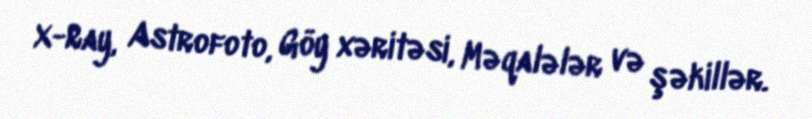
X-Ray, Astrofoto, Göy xəritəsi, Məqalələr və şəkillər.